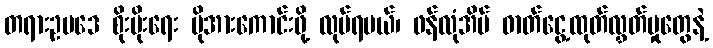
တရားဥပဒေ စိုးမိုးရေး ပိုအားကောင်းဖို့ လုပ်ရမယ်၊ ဖန်လုံအိမ် ဓာတ်ငွေ့ထုတ်လွှတ်မှုတွေနဲ့